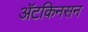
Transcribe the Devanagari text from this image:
अॅटकिनसन